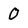
Character: 0